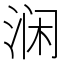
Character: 𰛵